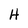
Character: H